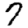
Digit: 7